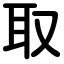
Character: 取